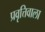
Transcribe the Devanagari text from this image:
प्रवृत्तिवाला